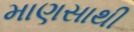
માણસાથી